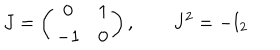
J = \left( \begin{array} { c c } { { 0 } } & { { 1 } } \\ { { - 1 } } & { { 0 } } \\ \end{array} \right) , \qquad J ^ { 2 } = - \mathrm { I } _ { 2 }